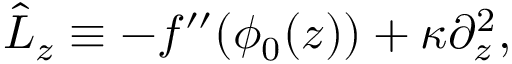
\begin{array} { r } { \hat { L } _ { z } \equiv - f ^ { \prime \prime } ( \phi _ { 0 } ( z ) ) + \kappa \partial _ { z } ^ { 2 } , } \end{array}